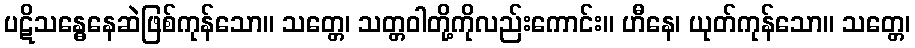
ပဋိသန္ဓေနေဆဲဖြစ်ကုန်သော။ သတ္တေ၊ သတ္တဝါတို့ကိုလည်းကောင်း။ ဟီနေ၊ ယုတ်ကုန်သော။ သတ္တေ၊